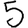
Digit: 5